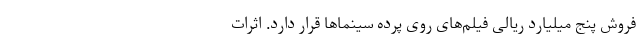
فروش پنج میلیارد ریالی فیلم‌های روی پرده سینماها قرار دارد. اثرات